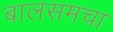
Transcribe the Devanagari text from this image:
बालसमचा